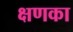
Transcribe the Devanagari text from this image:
क्षणका